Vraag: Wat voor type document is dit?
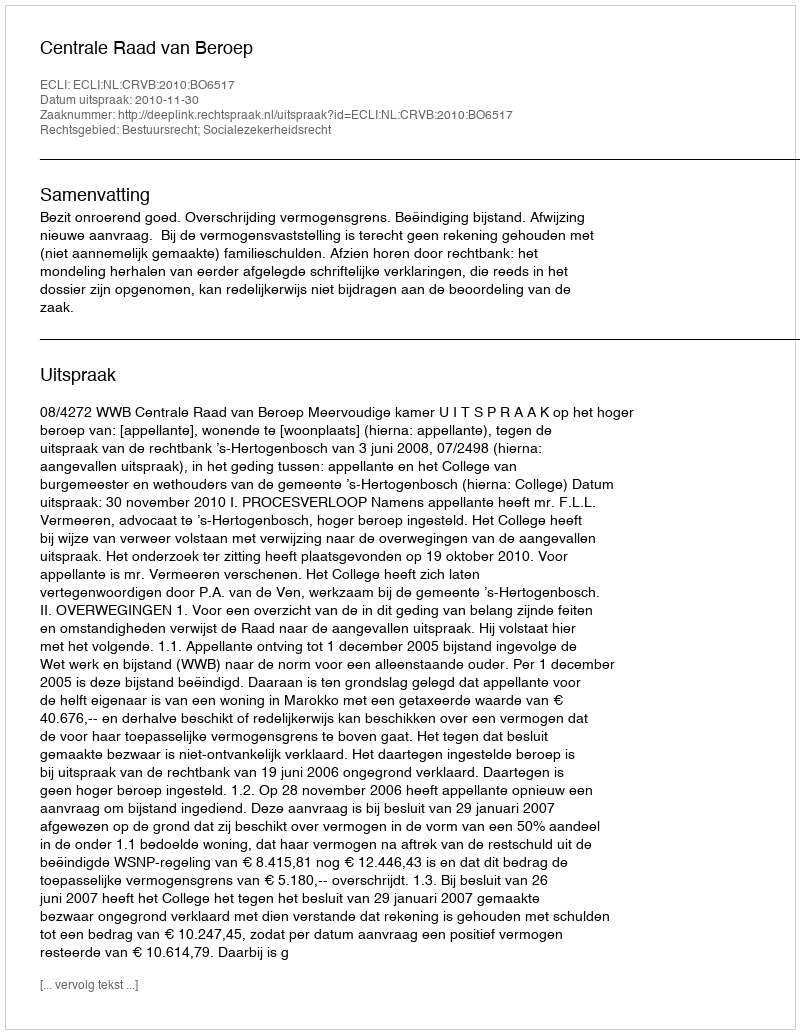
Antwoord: Uitspraak